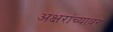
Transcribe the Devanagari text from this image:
अक्षरांच्यावर